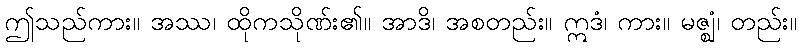
ဤသည်ကား။ အဿ၊ ထိုကသိုဏ်း၏။ အာဒိ၊ အစတည်း။ ဣဒံ၊ ကား။ မဇ္ဈံ၊ တည်း။